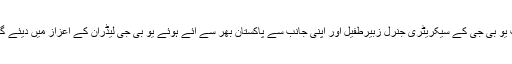
انہوں نے ان خیالات کا اظہارگزشتہ شب یو بی جی کے سیکریٹری جنرل زبیرطفیل اور اپنی جانب سے پاکستان بھر سے آئے ہوئے یو بی جی لیڈران کے اعزاز میں دیئے گئے عشائیہ سے خطاب کرتے ہوئے کیا۔